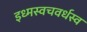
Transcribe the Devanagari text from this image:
इध्मस्वचवर्धस्व